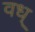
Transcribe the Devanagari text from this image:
वध्